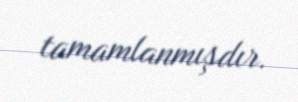
tamamlanmışdır.